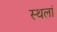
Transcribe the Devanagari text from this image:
स्थलां